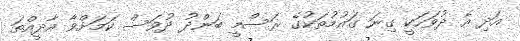
އަދި އެ ދުވަހަކީ ގިނަ ގައުމުތަކުގެ ރަސްމީ ބަންދު ދުވަސް ކަމަށްވާ އާދީއްތަ